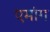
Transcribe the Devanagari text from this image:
एमांग